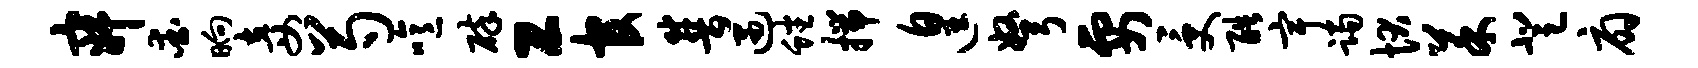
寂爱晌妾芍噫碎工官普遇蟠揣遑弩要受酷宇躅状菜登扇